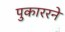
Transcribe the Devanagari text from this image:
पुकाररने